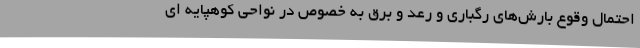
احتمال وقوع بارش‌های رگباری و رعد و برق به خصوص در نواحی کوهپایه ای